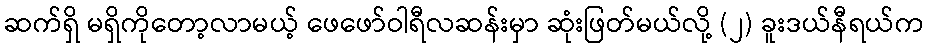
ဆက်ရှိ မရှိကိုတော့လာမယ့် ဖေဖော်ဝါရီလဆန်းမှာ ဆုံးဖြတ်မယ်လို့ (၂) ခူးဒယ်နီရယ်က